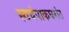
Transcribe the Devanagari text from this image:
स्वयंपाकघरांत